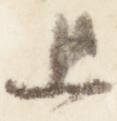
上